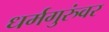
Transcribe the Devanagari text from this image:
धर्मगुरुंवर